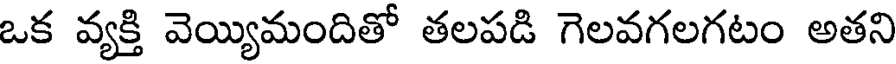
ఒక వ్యక్తి వెయ్యిమందితో తలపడి గెలవగలగటం అతని